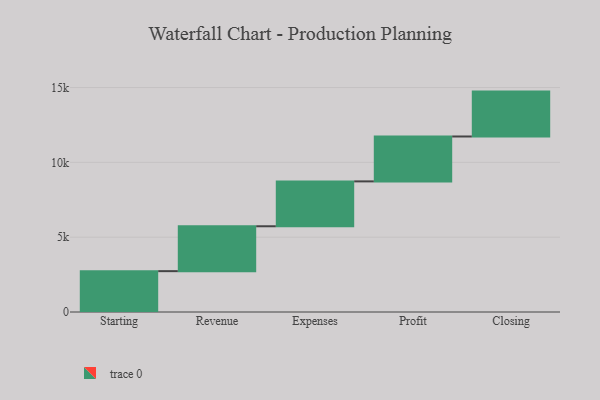
{"axis": {"x": "Step", "y": "Value"}, "legend": [""], "data": [{"x": "Starting", "y": 2730.0, "type": ""}, {"x": "Revenue", "y": 3000, "type": ""}, {"x": "Expenses", "y": 3000, "type": ""}, {"x": "Profit", "y": 3000, "type": ""}, {"x": "Closing", "y": 3000, "type": ""}]}